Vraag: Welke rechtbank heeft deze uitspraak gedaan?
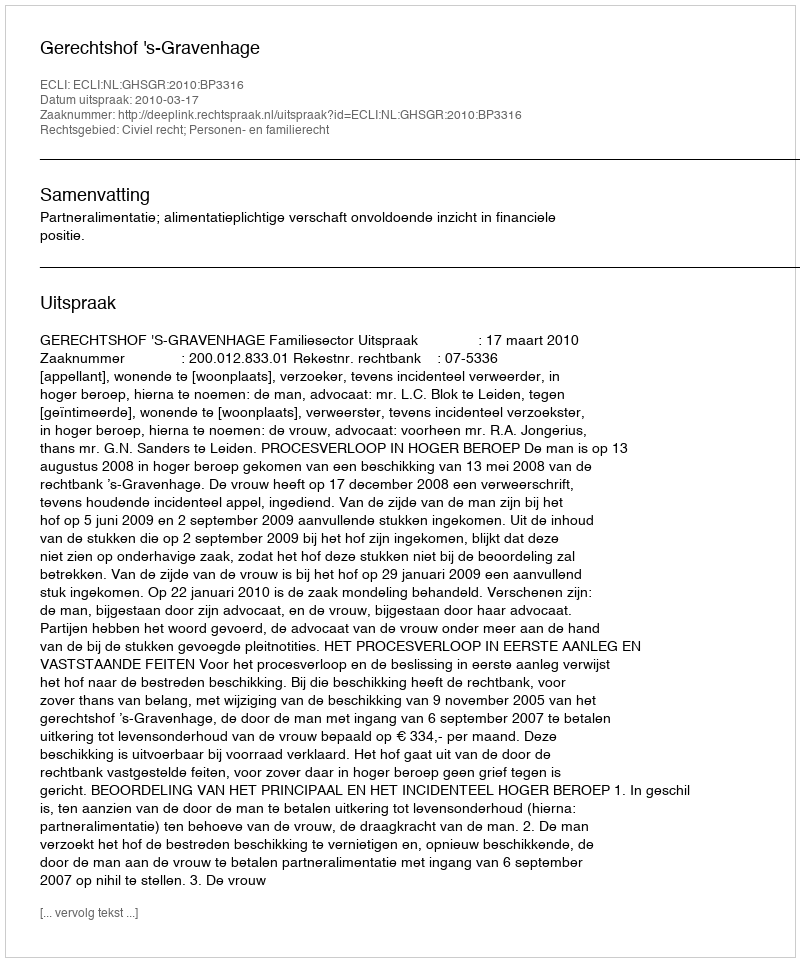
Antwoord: Gerechtshof 's-Gravenhage